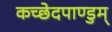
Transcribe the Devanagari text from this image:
कच्छेदपाण्डुम्